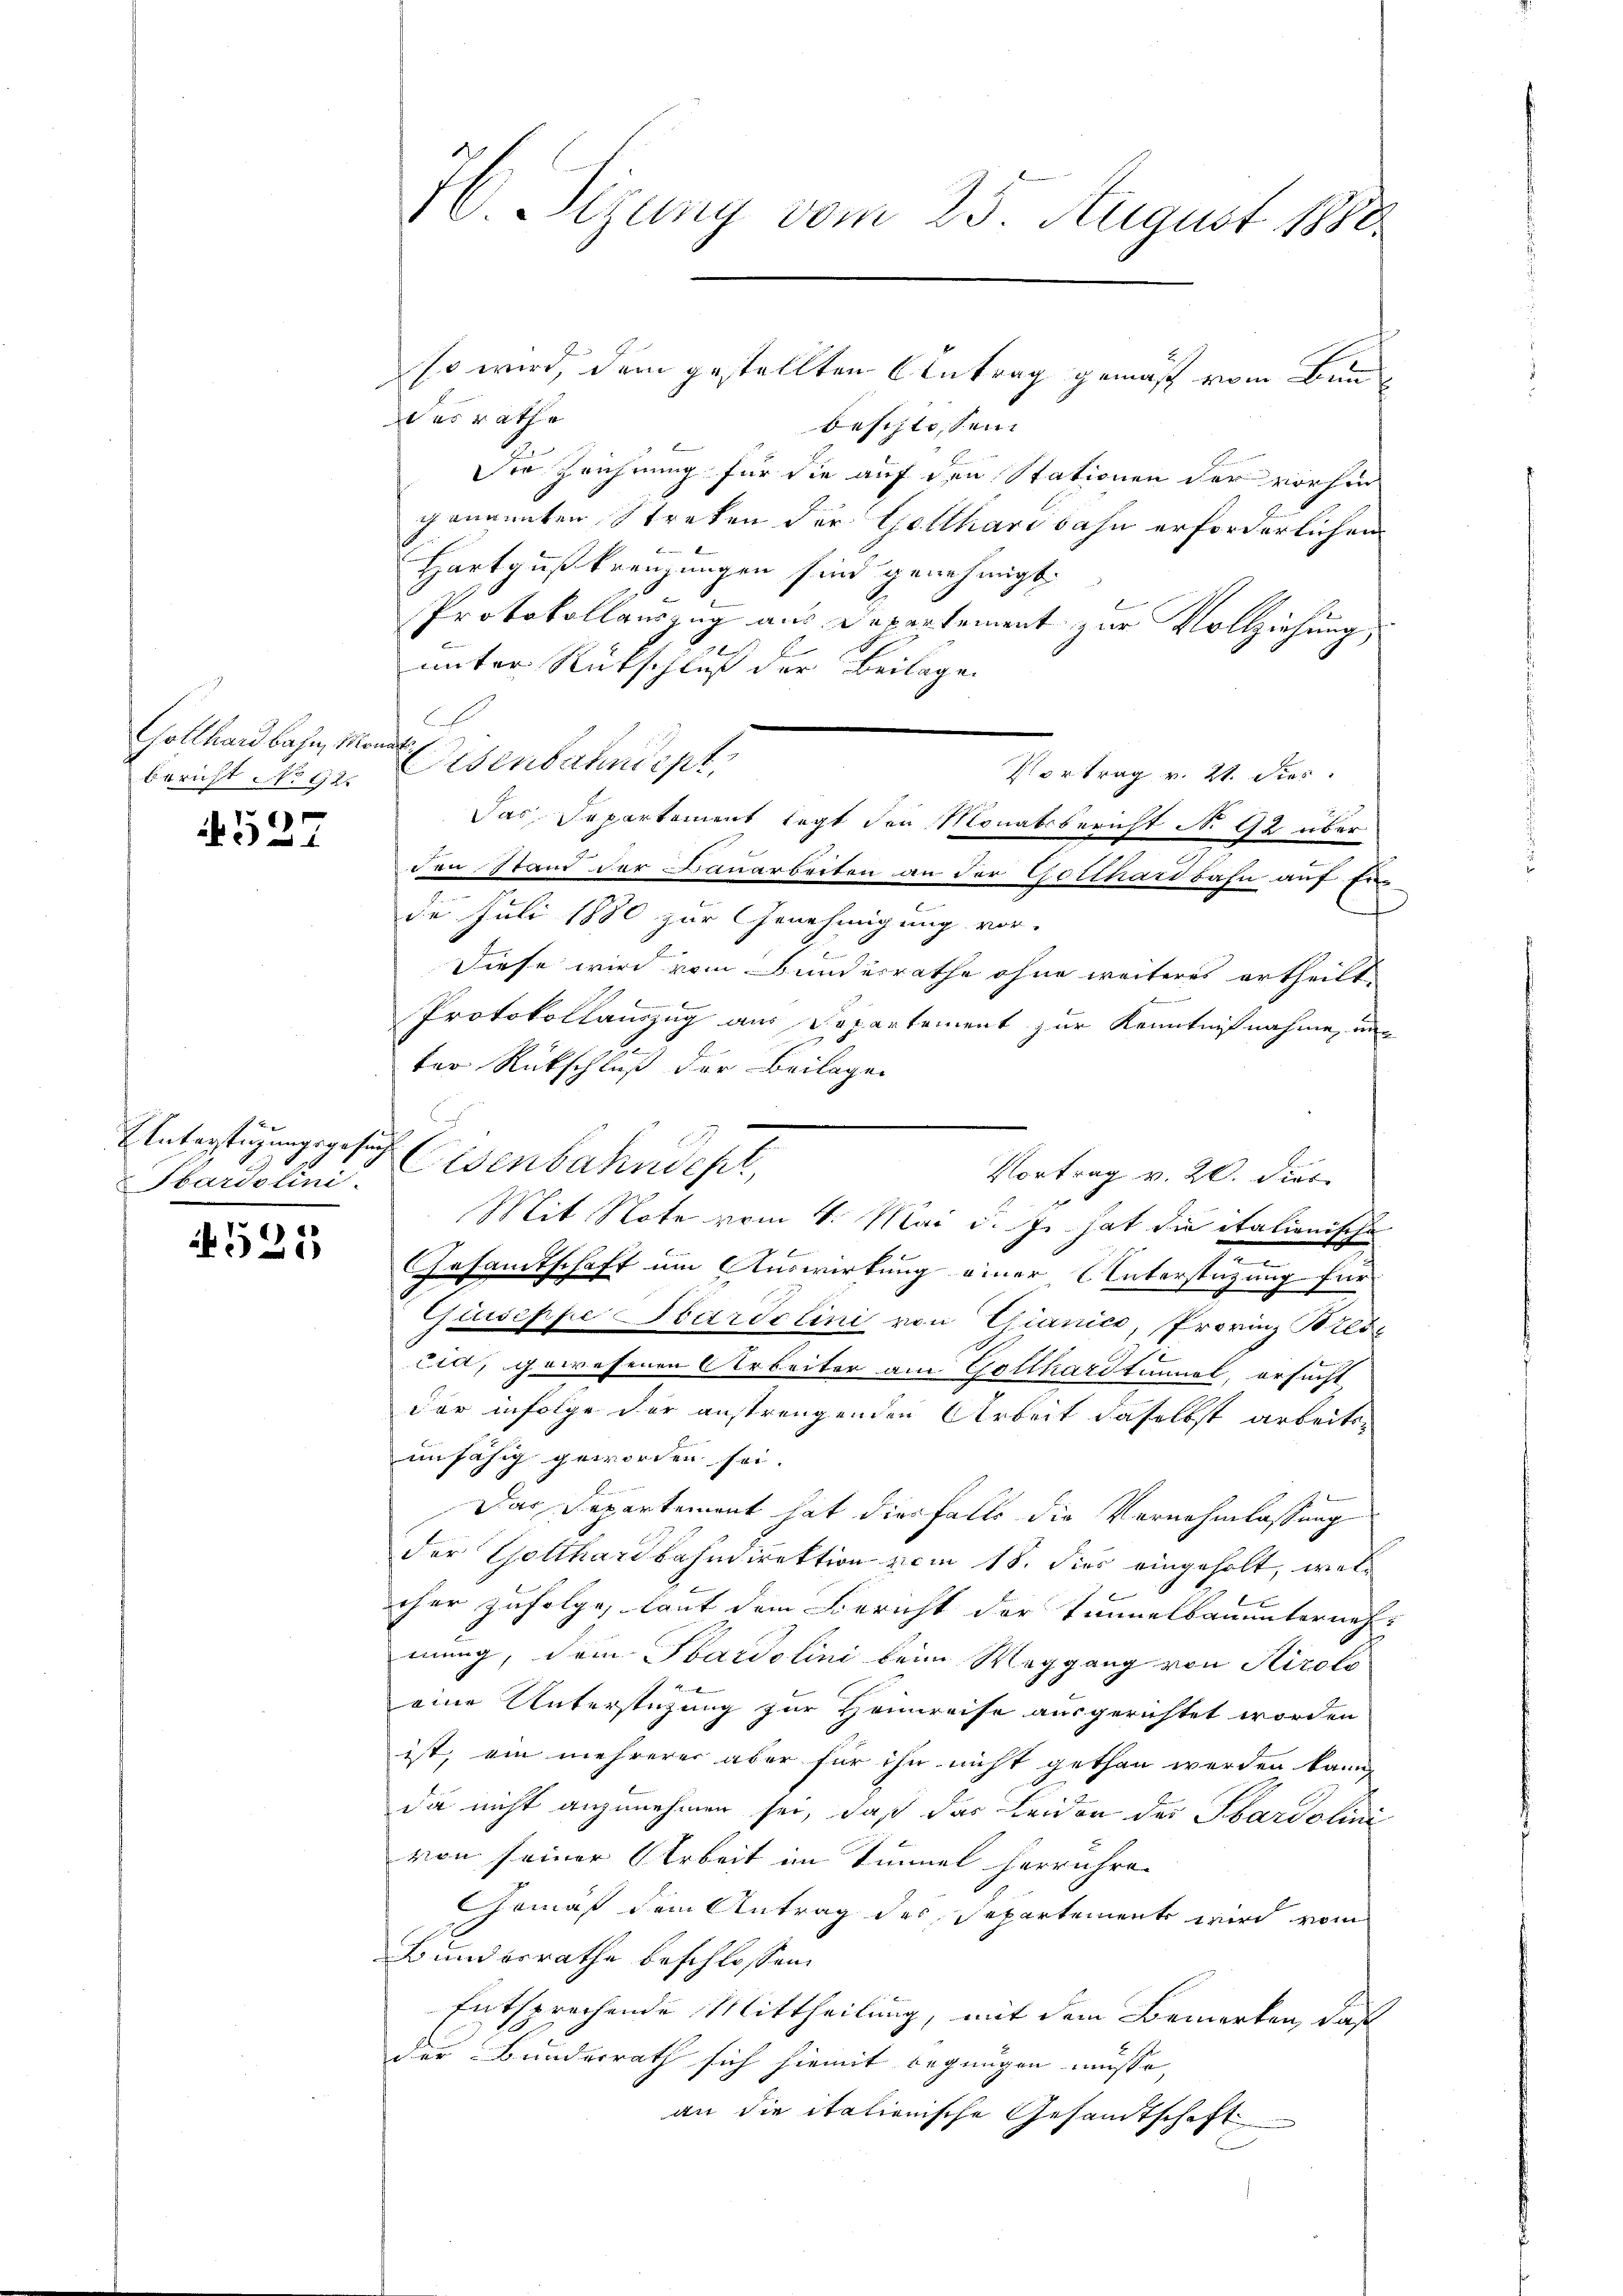
Gotthardbahn, Monats
Bericht No 92.

527

Enterstüzungsgesuch
bardolini.

4525

H. Sizung vom 23. August 1888.

so wird, dem gestellten Antrag gemäß vom Bun¬
Wes rathe
beschlossen.
Die Zeichnung für die auf den Stationen der vorhin
genannten Streken der Gotthardbahn erforderlichen
Hartgußkreuzungen sind genehmigt.
Protokollauszug aus Departement zur Vollziehung
unter Rückschluß der Beilagen
E
Osenbahnicht,
Vortrag v. 21. dies
den Stand der Bauarbeiten an der Gotthardbahn auf Ein
de Juli 1880 zur Genehmigung vor.
Diese wird vom Bundesrathe ohne weiteres ertheilt

Protokollauszug aus Separtement zur Kenntnißnahme, un
ter Rückschluß der Beilagen
Eisenbahnscht
Vortrag v. 20. dies
Mit Note vom 4. Mai d. J. hat die italionische
Gesamtschaft um Auswirkung einer Unterstützung für
Guiseppe Sardelini von Gianice, Provinz Breicia, gewesenen Arbeiter am Gollhardtunal, ersucht
dar infolge der anstrengenden Arbeit daselbst arbeitsunfähig geworden sei. |
Das Departement hat diesfalls die Vernehmlassung
der Gotthardbahndirektion vom 18. dies eingeholt, welcher zufolge, laut dem Bericht der Tunnerbauunterneh-
mung, dem Sardolini beim Weggang von Airolo
eine Unterstüzung zur Heimreise ausgerichtet worden
ist, ein mehrerer aber für ihn nicht gethan werden kann,
da nicht anzunehmen sei, daß das Leiden der Hardolini
von seiner Arbeit im Tunnel herrühre.
Gemäß dem Antrag des Separtement wird vom
Bundesrathe beschlossen:
Entsprechende Mittheilung, mit dem Bemerken, daß
der Bundesrath sich hiemit begnügen müsse, |
an die italienische Gesandtschaft

Das Repartement legt den Monatsbericht No 92 über